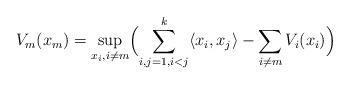
LaTeX: \begin{align*}V_m(x_m) = \sup_{x_i, i \ne m} \Bigl( \sum_{i,j=1, i<j}^k \langle x_i , x_j \rangle - \sum_{i \ne m} V_i(x_i) \Bigr)\end{align*}